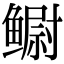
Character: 鳚